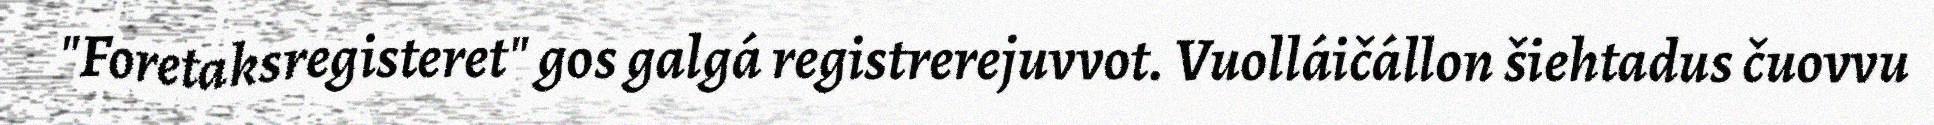
"Foretaksregisteret" gos galgá registrerejuvvot. Vuolláičállon šiehtadus čuovvu